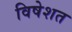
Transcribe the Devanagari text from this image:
विषेशत